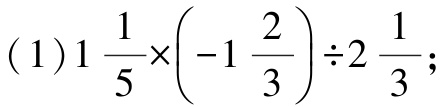
(1)\(1\frac{1}{5}\times\left(-1\frac{2}{3}\right)\div2\frac{1}{3}\);